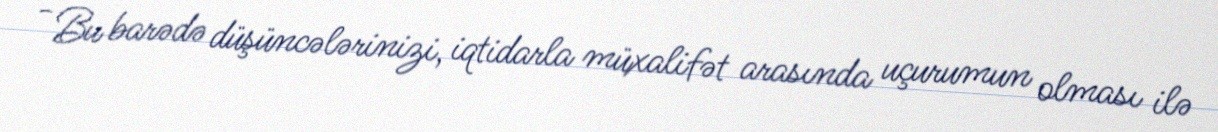
- Bu barədə düşüncələrinizi, iqtidarla müxalifət arasında uçurumun olması ilə